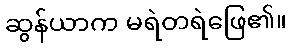
ဆွန်ယာက မရဲတရဲဖြေ၏။